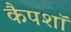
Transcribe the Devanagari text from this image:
कैपशॉ